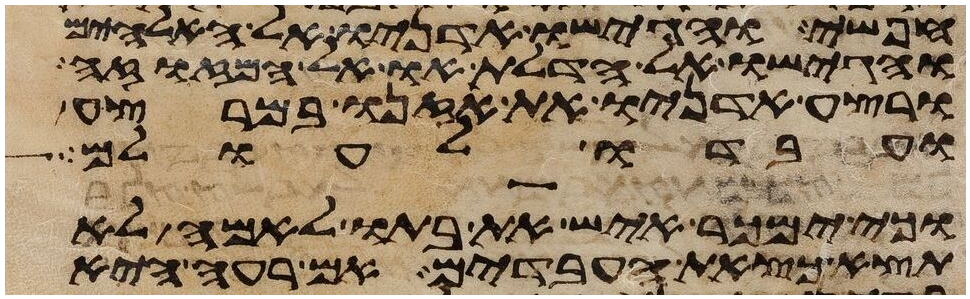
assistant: חפשי והגישו אדניו אל האלהים
והגישו אל הדלת או אל המזוזה
ורצע אדניו את אזנו במרצע
ועבדו לעולם
וכי ימכר איש את בתו לאמה לא
תצא כצאת העבדים אם רעה היא